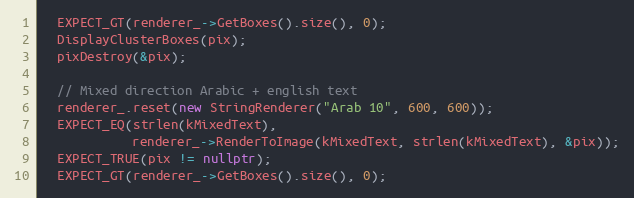
Language: C++
  EXPECT_GT(renderer_->GetBoxes().size(), 0);
  DisplayClusterBoxes(pix);
  pixDestroy(&pix);

  // Mixed direction Arabic + english text
  renderer_.reset(new StringRenderer("Arab 10", 600, 600));
  EXPECT_EQ(strlen(kMixedText),
            renderer_->RenderToImage(kMixedText, strlen(kMixedText), &pix));
  EXPECT_TRUE(pix != nullptr);
  EXPECT_GT(renderer_->GetBoxes().size(), 0);